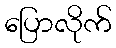
ပြောလိုက်